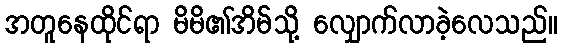
အတူနေထိုင်ရာ မိမိ၏အိမ်သို့ လျှောက်လာခဲ့လေသည်။